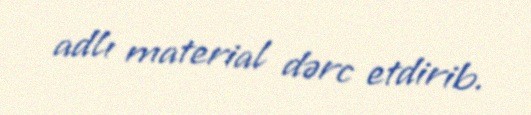
adlı material dərc etdirib.